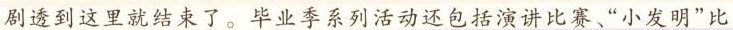
剧透到这里就结束了。毕业季系列活动还包括演讲比赛”小发明”比